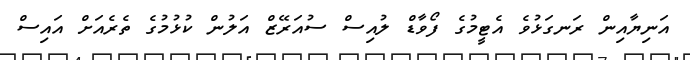
އަނިޔާއިން ރަނގަޅުވެ އެޓީމުގެ ފޯވާޑް ލުއިސް ސުއަރޭޒް އަލުން ކުޅުމުގެ ތެރެއަށް އައިސް